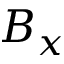
B _ { x }